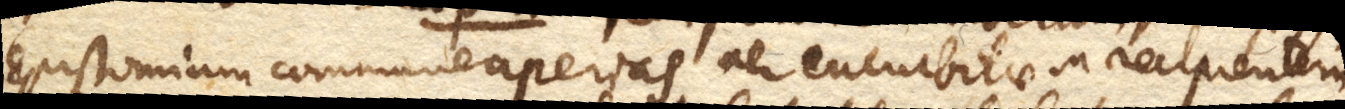
Epistomium commune aperias aer cucurbitae in recipientem